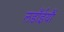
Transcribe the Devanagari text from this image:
लडाँईयौं